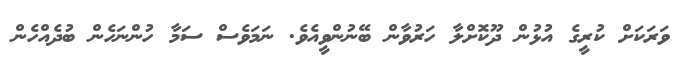
ވަރަކަށް ކުރީގެ އުޅުން ދޫކޮށްލާ ހަރުވާން ބޭނުންވީއެވެ. ނަމަވެސް ސަމާ ހުންނަހެން ބުދެއްހެން